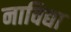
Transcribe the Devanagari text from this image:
नाविद्या